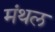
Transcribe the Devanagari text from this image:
मंथल